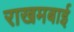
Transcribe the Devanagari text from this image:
राखमबाई